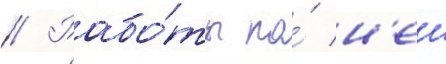
// Рабо́ты по́ н'еи